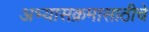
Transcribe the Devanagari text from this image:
अभ्यासक्रमासाठीचे